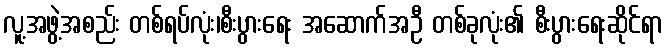
လူ့အဖွဲ့အစည်း တစ်ရပ်လုံး၊စီးပွားရေး အဆောက်အဦ တစ်ခုလုံး၏ စီးပွားရေးဆိုင်ရာ